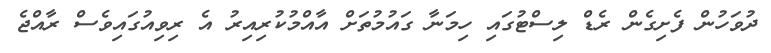
ދުވަހުން ފެށިގެން ރެޑް ލިސްޓުގައި ހިމަނާ ގައުމުތަށް އާއްމުކުރިއިރު އެ ރިވިއުގައިވެސް ރާއްޖެ